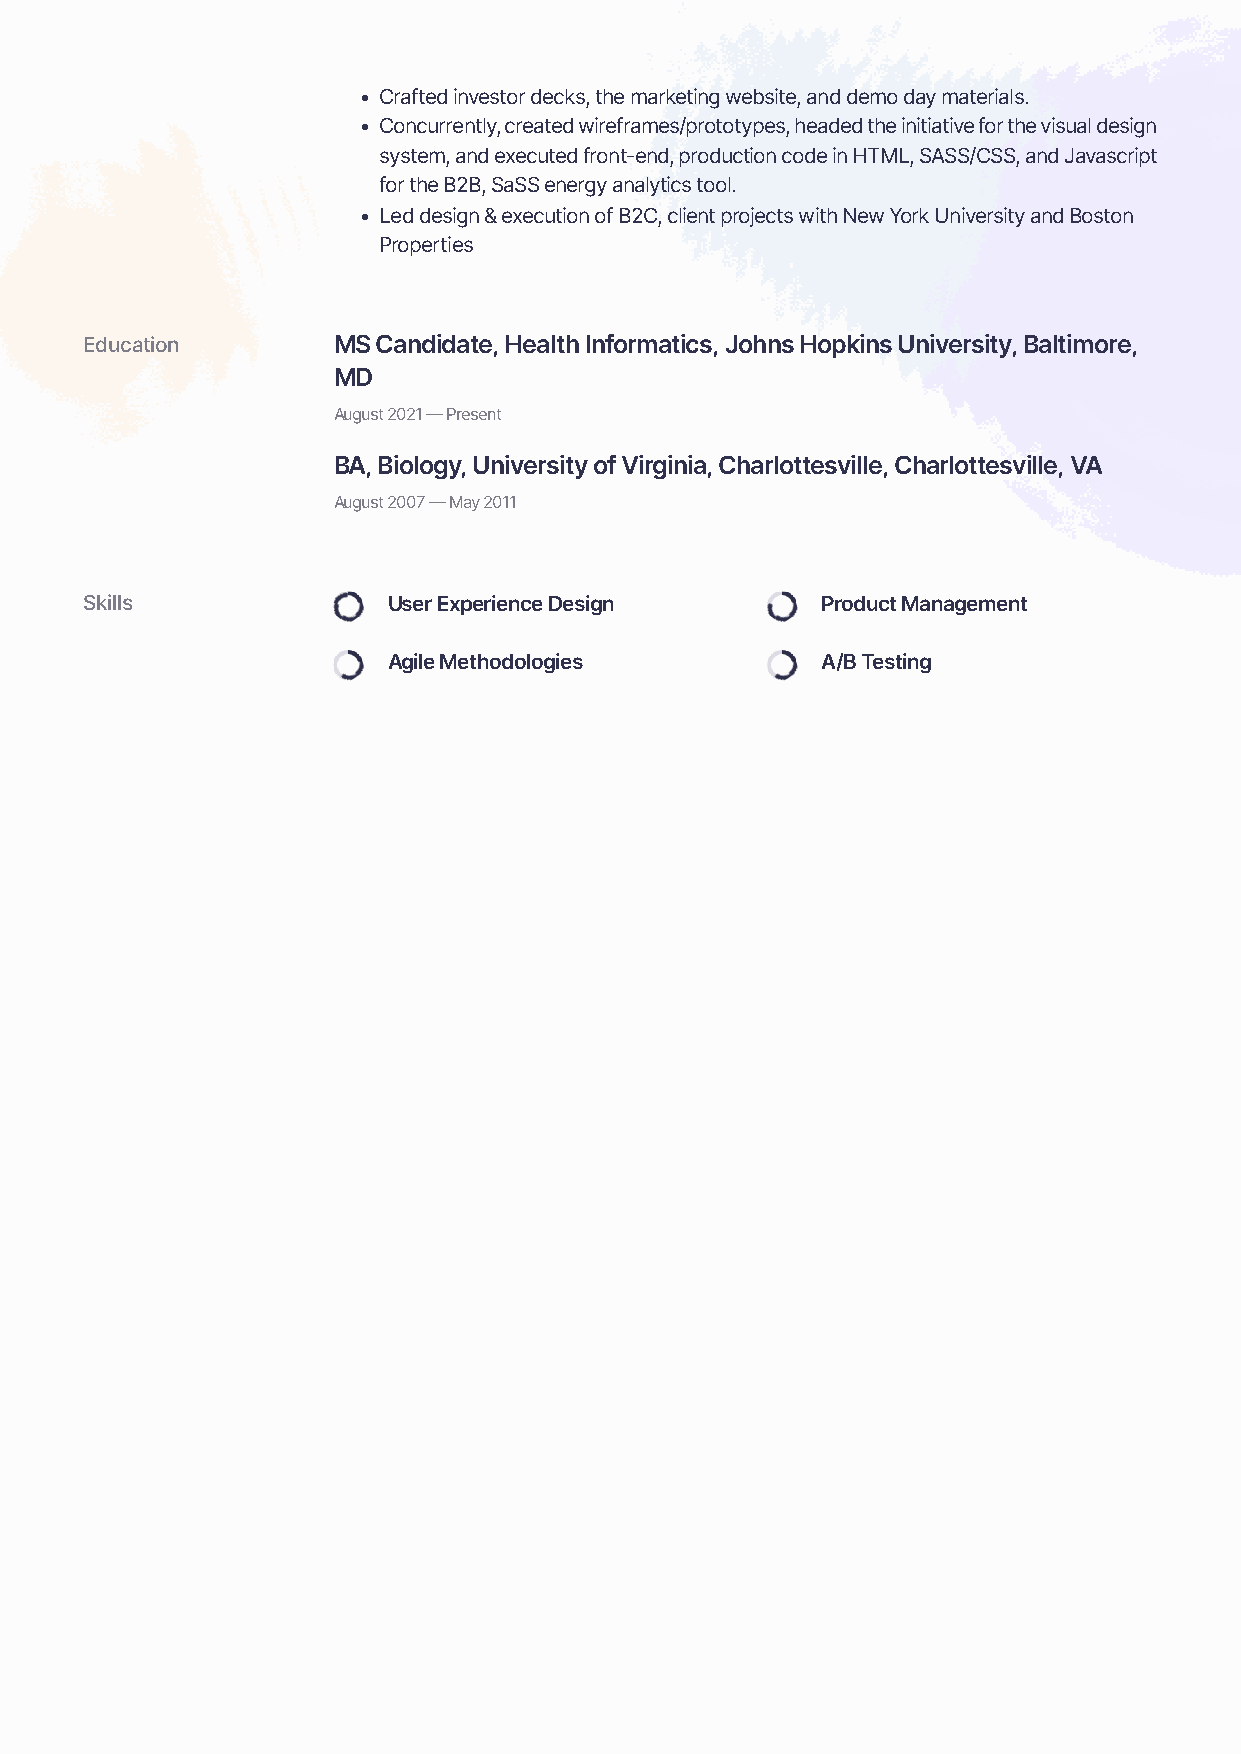
• Crafted investor decks, the marketing website, and demo day materials.
 • Concurrently, created wireframes/prototypes, headed the initiative for the visual design
 system, and executed front-end, production code in HTML, SASS/CSS, and Javascript
 for the B2B, SaSS energy analytics tool.
 • Led design & execution of B2C, client projects with New York University and Boston
 Properties
 Education       MS Candidate, Health Informatics, Johns Hopkins University, Baltimore,
 MD
 August 2021 — Present
 BA, Biology, University of Virginia, Charlottesville, Charlottesville, VA
 August 2007 — May 2011
 Skills              User Experience Design      Product Management
 Agile Methodologies         A/B Testing